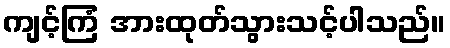
ကျင့်ကြံ အားထုတ်သွားသင့်ပါသည်။